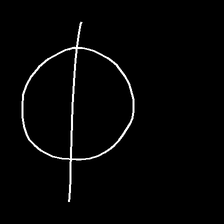
Glyph: orb